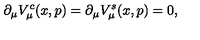
\partial _ { \mu } V _ { \mu } ^ { c } ( x , p ) = \partial _ { \mu } V _ { \mu } ^ { s } ( x , p ) = 0 ,